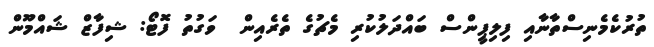
ތުރުކެމެނިސްތާނާއި ފިލިޕީންސް ބައްދަލުކުރި މެޗުގެ ތެރެއިން  ވަގުތު ފޮޓޯ: ޝިފާޒް ޝައްމޫން